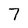
Character: 7